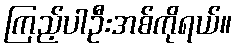
ကြည့်ပါဦးအစ်ကိုရယ်။